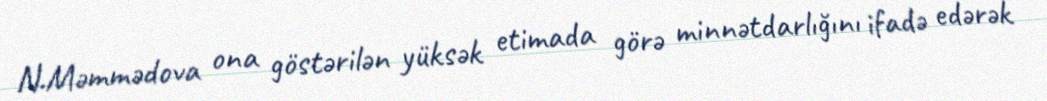
N.Məmmədova ona göstərilən yüksək etimada görə minnətdarlığını ifadə edərək